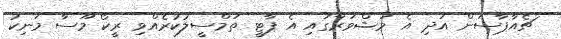
ޗެއާޕާސަން އަދި އެ މަޝްވަރާގައި އެ ޕާޓީ ތަމްސީލުކުރެއްވި ރީކޯ މޫސާ މަނިކު